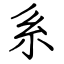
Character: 系